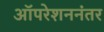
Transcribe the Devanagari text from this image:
ऑपरेशननंतर